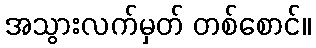
အသွားလက်မှတ် တစ်စောင်။